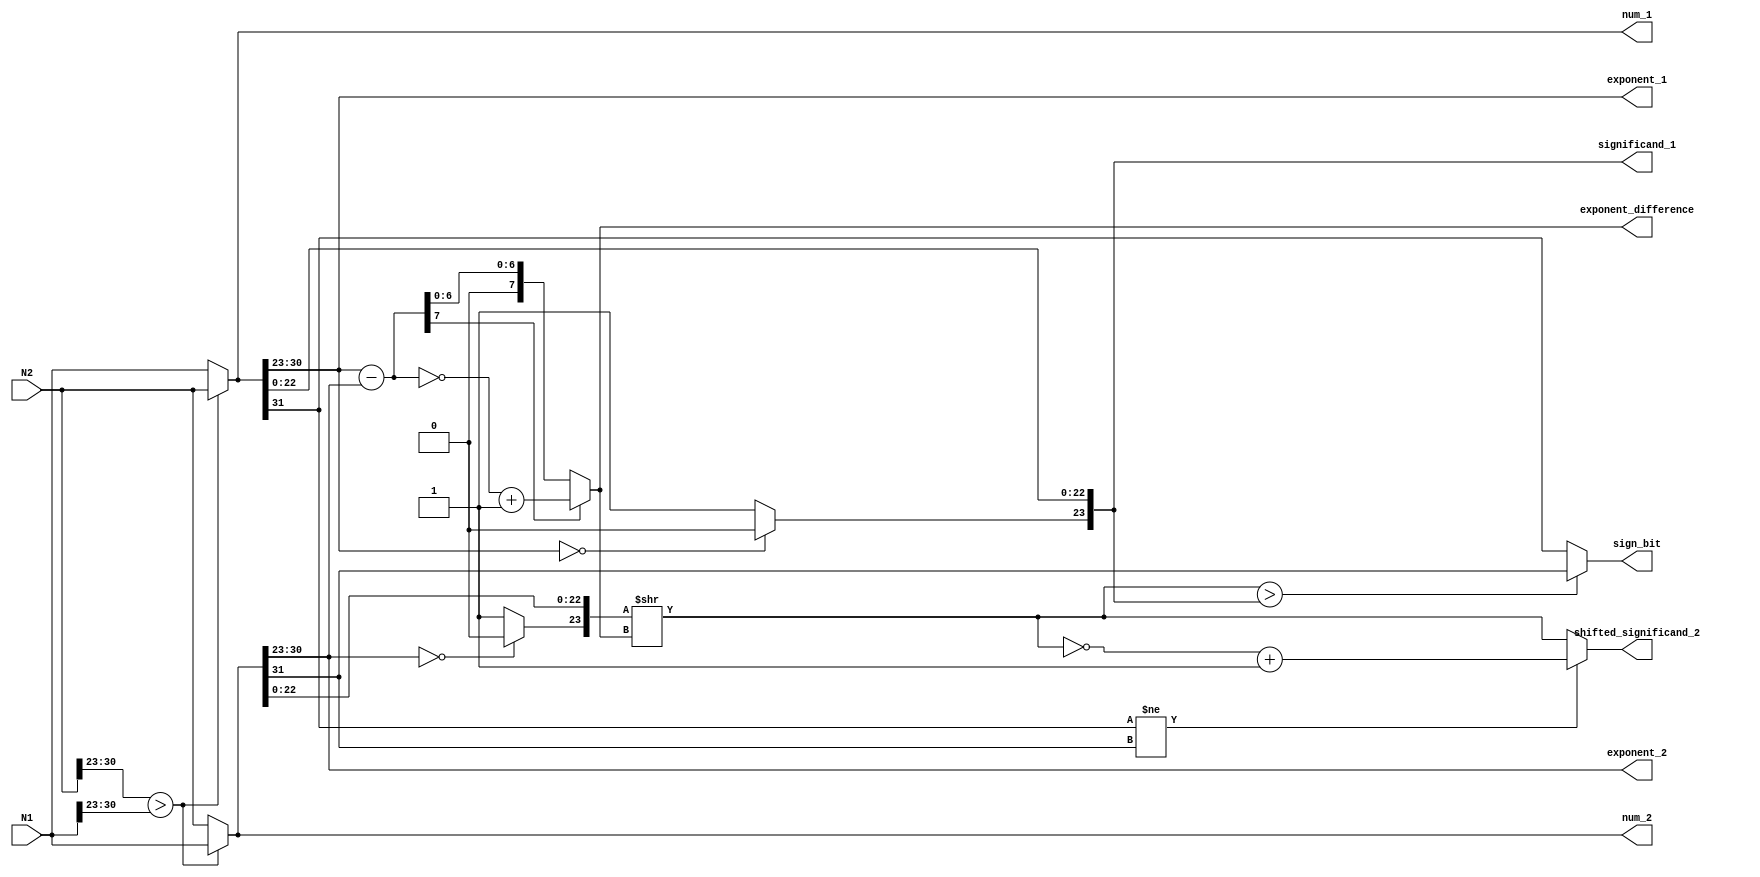
`timescale 1ns / 1ps
//////////////////////////////////////////////////////////////////////////////////
// Company: 
// Engineer: 
// 
// Design Name: 
// Module Name:    fp_adder_stage1 
// Project Name: 
// Target Devices: 
// Tool versions: 
// Description: 
//
// Dependencies: 
//
// Revision: 
// Revision 0.01 - File Created
// Additional Comments: 
//
//////////////////////////////////////////////////////////////////////////////////
module fp_adder_stage1#(parameter FP_SIZE = 32,parameter FRAC_SIZE = 23)
		(
		N1,
		N2,
		significand_1,
		shifted_significand_2,
		exponent_1,
		exponent_2,
		exponent_difference,
		sign_bit,
		num_1,
		num_2
    );
	input wire [FP_SIZE-1:0] N1;
	input wire [FP_SIZE-1:0] N2;
	output reg [(FP_SIZE-FRAC_SIZE-1)-1:0] exponent_1;
	output reg [(FP_SIZE-FRAC_SIZE-1)-1:0] exponent_2;
	output reg [(FP_SIZE-FRAC_SIZE-1)-1:0] exponent_difference;
	output reg [FRAC_SIZE:0] significand_1;
	output reg [FRAC_SIZE:0] shifted_significand_2;
	output reg sign_bit;
	output reg [FP_SIZE-1:0] num_1; //register to store values of the number 1 after they have been received
	output reg [FP_SIZE-1:0] num_2; //register to store values of the number 2 after they have been received
	reg [FRAC_SIZE:0] significand_2;
	 
	 always@(*)begin
		//num_1='d0;
		//num_2='d0;
		significand_2='d0;
		if (N2[30:23] > N1[30:23]) begin
			num_1=N2;
			num_2=N1;
		end else begin
			num_1=N1;
			num_2=N2;
		end
		
		exponent_1 = num_1[30:23];
		exponent_2 = num_2[30:23];
		
		significand_1[22:0]=num_1[22:0];
		significand_2[22:0]=num_2[22:0];
		if (exponent_1 == 'd0) begin
			significand_1[23] = 1'b0;
		end else begin
			significand_1[23] = 1'b1;
		end
		
		if (exponent_2 == 'd0) begin
			significand_2[23] = 1'b0;
		end else begin
			significand_2[23] = 1'b1;
		end

		exponent_difference = $signed(exponent_1) - $signed(exponent_2);
		
		if(exponent_difference[7]==1'b1)begin
			exponent_difference=~exponent_difference;
			exponent_difference=exponent_difference+8'b00000001;
		end
		
		shifted_significand_2 = significand_2 >> exponent_difference;
		
		if (shifted_significand_2>significand_1) begin
			sign_bit=num_2[FP_SIZE-1];
		end else begin
			sign_bit=num_1[FP_SIZE-1];
		end

		if (num_1[FP_SIZE-1] != num_2[FP_SIZE-1]) begin
			shifted_significand_2 = ~ shifted_significand_2;
			shifted_significand_2 = shifted_significand_2 + 'd1;
		end
	 end
endmodule